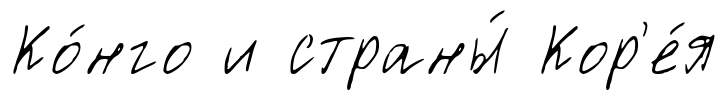
Ко́нго и страны́ Кор'е́я